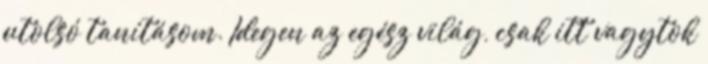
utolsó tanításom. Idegen az egész világ, csak itt vagytok